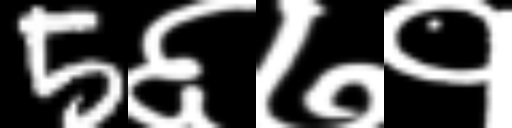
Text: 5६७१